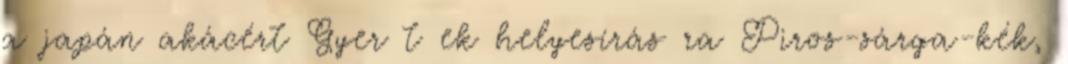
a japán akácért Gyer t ek helyesírás ra Piros-sárga-kék,